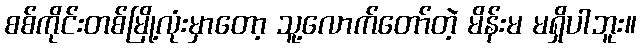
စစ်ကိုင်းတစ်မြို့လုံးမှာတော့ သူ့လောက်တော်တဲ့ မိန်းမ မရှိပါဘူး။